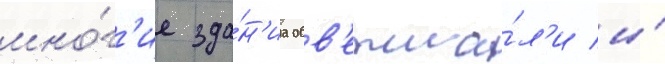
мно́г'ие зда́н'иа обв'етша́л'и и́